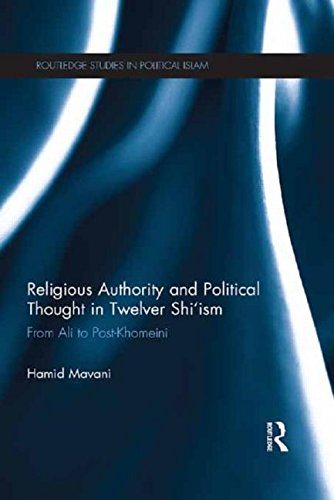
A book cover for Religious Authority and Political Thought in Twelver Shi'ism: From Ali to Post-Khomeini; Hamid Mavani; Religion & Spirituality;